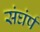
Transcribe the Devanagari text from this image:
संघंर्ष